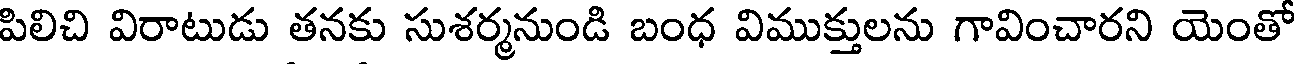
పిలిచి విరాటుడు తనకు సుశర్మనుండి బంధ విముక్తులను గావించారని యెంతో